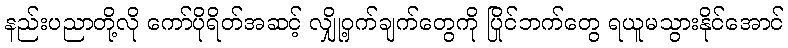
နည်းပညာတို့လို ကော်ပိုရိတ်အဆင့် လျှို့ဝှက်ချက်တွေကို ပြိုင်ဘက်တွေ ရယူမသွားနိုင်အောင်